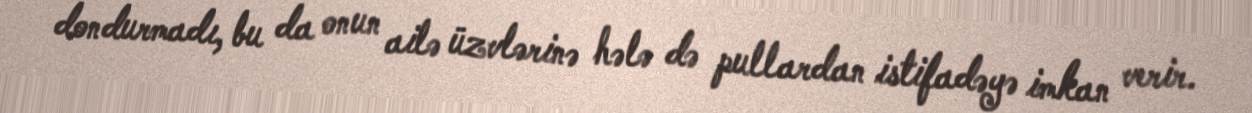
dondurmadı, bu da onun ailə üzvlərinə hələ də pullardan istifadəyə imkan verir.